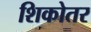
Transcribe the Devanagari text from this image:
शिकोतर